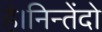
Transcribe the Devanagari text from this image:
है।निन्तेंदो